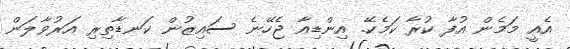
އެއީ މަމެން އުފާ ކުރާ ކަމެކޭ. އިންޑިއާ ޖެހޭނެ ސައިޒުން ކަނޑާތިރި އަރުވާލަން